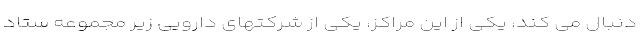
دنبال می کند، یکی از این مراکز، یکی از شرکتهای دارویی زیر مجموعه ستاد